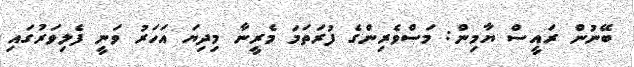
ބޭނުން ރައީސް ޔާމިން: މަސްވެރިންގެ ފުރަތަމަ މެރީނާ މިދިޔަ އަހަރު ވަނީ ފެލިވަރުގައި